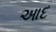
આદ